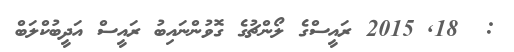
:  18